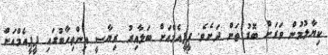
ކިޔާލުމުން ވަރަށް ބޮޑު ތަން ދަށެވެ. ޕީޕީއެމްއަށް ބަލާއިރު ރިޔާސީ އިންތިހާބުގައި ޕީޕީއެމްއަށް